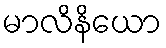
မာလိနိယော